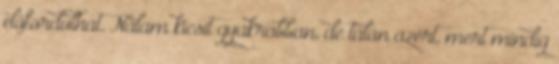
előfordulhat. Nálam kicsit gyakrabban, de talán azért, mert mindig